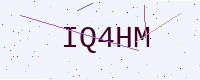
Text: IQ4HM